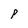
Character: P